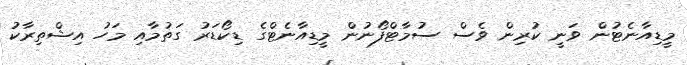
މީޑިއާނެޓުން ވަނީ ކުރިން ވެސް ސުމާޓްފޯނުން މީޑިއާނެޓްގެ ޑިކޯޑަރު ގަތުމާއި މަހު އިޝްތިރާކު